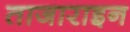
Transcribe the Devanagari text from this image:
ताजाराइन